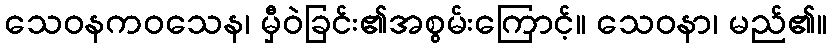
သေဝနကဝသေန၊ မှီဝဲခြင်း၏အစွမ်းကြောင့်။ သေဝနာ၊ မည်၏။